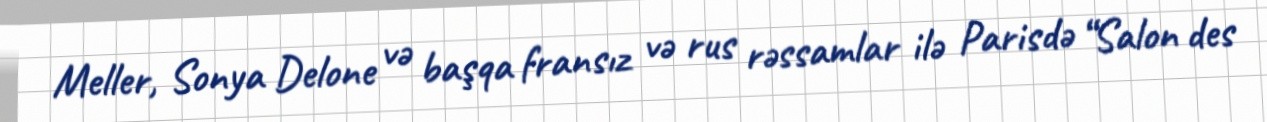
Meller, Sonya Delone və başqa fransız və rus rəssamlar ilə Parisdə “Salon des